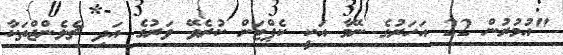
"އުމުރުން 22 އަހަރުގެ ނޭމާ އަކީ ކެޕްޓަން ކުރެވޭ ވަރުގެ އަދި ޗެލެންޖްތަކާ